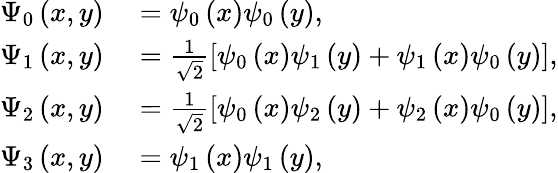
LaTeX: \begin{array}{rl}{\Psi_{0}\left(x,y\right)}&{{}=\psi_{0}\left(x\right)\psi_{0}\left(y\right),}\\ {\Psi_{1}\left(x,y\right)}&{{}=\frac{1}{\sqrt{2}}\left[\psi_{0}\left(x\right)\psi_{1}\left(y\right)+\psi_{1}\left(x\right)\psi_{0}\left(y\right)\right],}\\ {\Psi_{2}\left(x,y\right)}&{{}=\frac{1}{\sqrt{2}}\left[\psi_{0}\left(x\right)\psi_{2}\left(y\right)+\psi_{2}\left(x\right)\psi_{0}\left(y\right)\right],}\\ {\Psi_{3}\left(x,y\right)}&{{}=\psi_{1}\left(x\right)\psi_{1}\left(y\right),}\end{array}